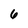
Character: 6